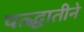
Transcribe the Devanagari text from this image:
पत्द्धातीने